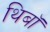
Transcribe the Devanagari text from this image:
थिबॉ